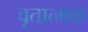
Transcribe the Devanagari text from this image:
वृतात्मक